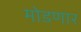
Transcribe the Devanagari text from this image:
मोडणार